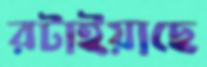
রটাইয়াছে